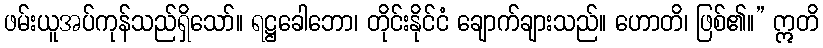
ဖမ်းယူအပ်ကုန်သည်ရှိသော်။ ရဋ္ဌခေါဘော၊ တိုင်းနိုင်ငံ ချောက်ချားသည်။ ဟောတိ၊ ဖြစ်၏။” ဣတိ